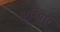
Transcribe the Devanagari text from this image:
अन्सिएँ